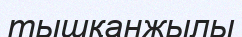
тышқанжылы